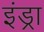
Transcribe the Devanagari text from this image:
इंड्रा